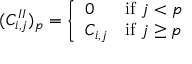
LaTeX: ( C _ { i , j } ^ { I I } ) _ { p } = { \left\{ \begin{array} { l l } { 0 } & { { \mathrm { i f ~ } } j < p } \\ { C _ { i , j } } & { { \mathrm { i f ~ } } j \geq p } \end{array} \right. }